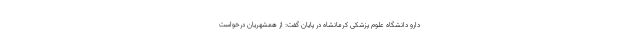
دارو دانشگاه علوم پزشکی کرمانشاه در پایان گفت: از همشهریان درخواست